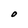
Character: O